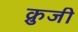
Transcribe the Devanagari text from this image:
क्रुजी